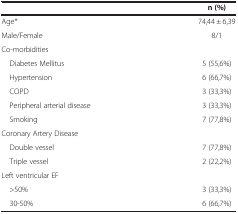
<table><thead><tr><td><b> </b></td><td><b>n (%)</b></td></tr></thead><tbody><tr><td>Age*</td><td>74,44 ± 6,39</td></tr><tr><td>Male/Female</td><td>8/1</td></tr><tr><td>Co-morbidities</td><td> </td></tr><tr><td> Diabetes Mellitus</td><td>5 (55,6%)</td></tr><tr><td> Hypertension</td><td>6 (66,7%)</td></tr><tr><td> COPD</td><td>3 (33,3%)</td></tr><tr><td> Peripheral arterial disease</td><td>3 (33,3%)</td></tr><tr><td> Smoking</td><td>7 (77,8%)</td></tr><tr><td>Coronary Artery Disease</td><td> </td></tr><tr><td> Double vessel</td><td>7 (77,8%)</td></tr><tr><td> Triple vessel</td><td>2 (22,2%)</td></tr><tr><td>Left ventricular EF</td><td> </td></tr><tr><td> &gt;50%</td><td>3 (33,3%)</td></tr><tr><td> 30-50%</td><td>6 (66,7%)</td></tr></tbody></table>